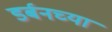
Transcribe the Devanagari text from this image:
डर्बनच्या